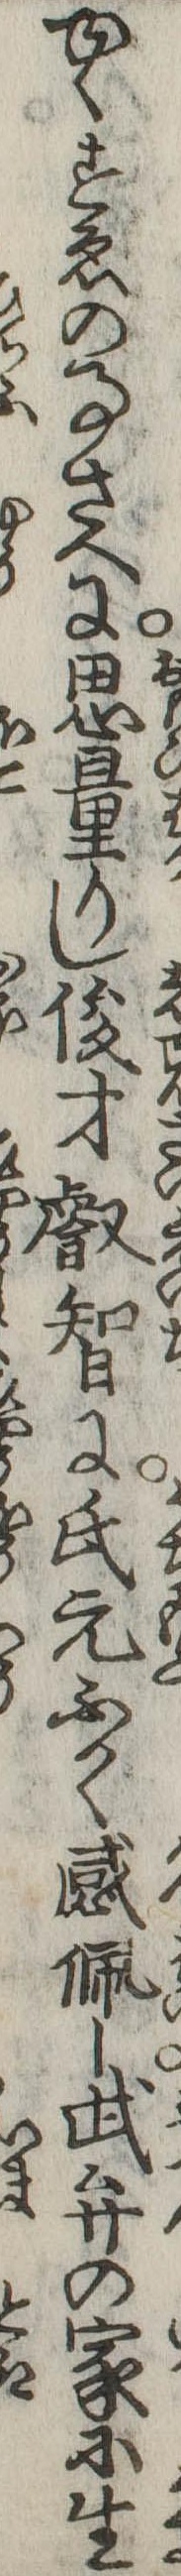
ゆくすゑの事さへに思量りし俊才叡智に氏元ふかく感佩し武弁の家に生